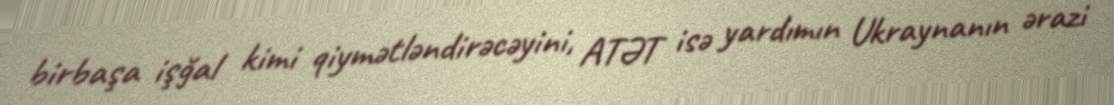
birbaşa işğal kimi qiymətləndirəcəyini, ATƏT isə yardımın Ukraynanın ərazi